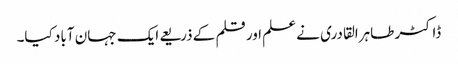
ڈاکٹر طاہرالقادری نے علم اور قلم کے ذریعے ایک جہان آباد کیا۔